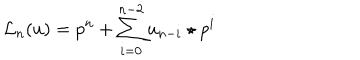
LaTeX: { { \mathcal L } _ { n } } ( u ) = p ^ { n } + \sum _ { i = 0 } ^ { n - 2 } u _ { n - i } \star p ^ { i }